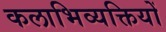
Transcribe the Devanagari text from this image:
कलाभिव्यक्तियों